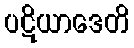
ပဋိယာဒေတိ